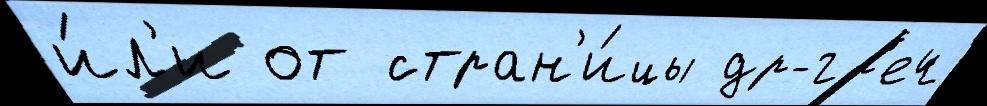
и́л'и от стран'и́цы др-гр'еч